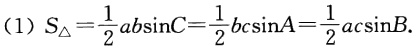
(1) \(S_{\triangle}=\frac{1}{2}ab\sin C=\frac{1}{2}bc\sin A=\frac{1}{2}ac\sin B\)